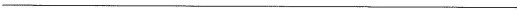
___